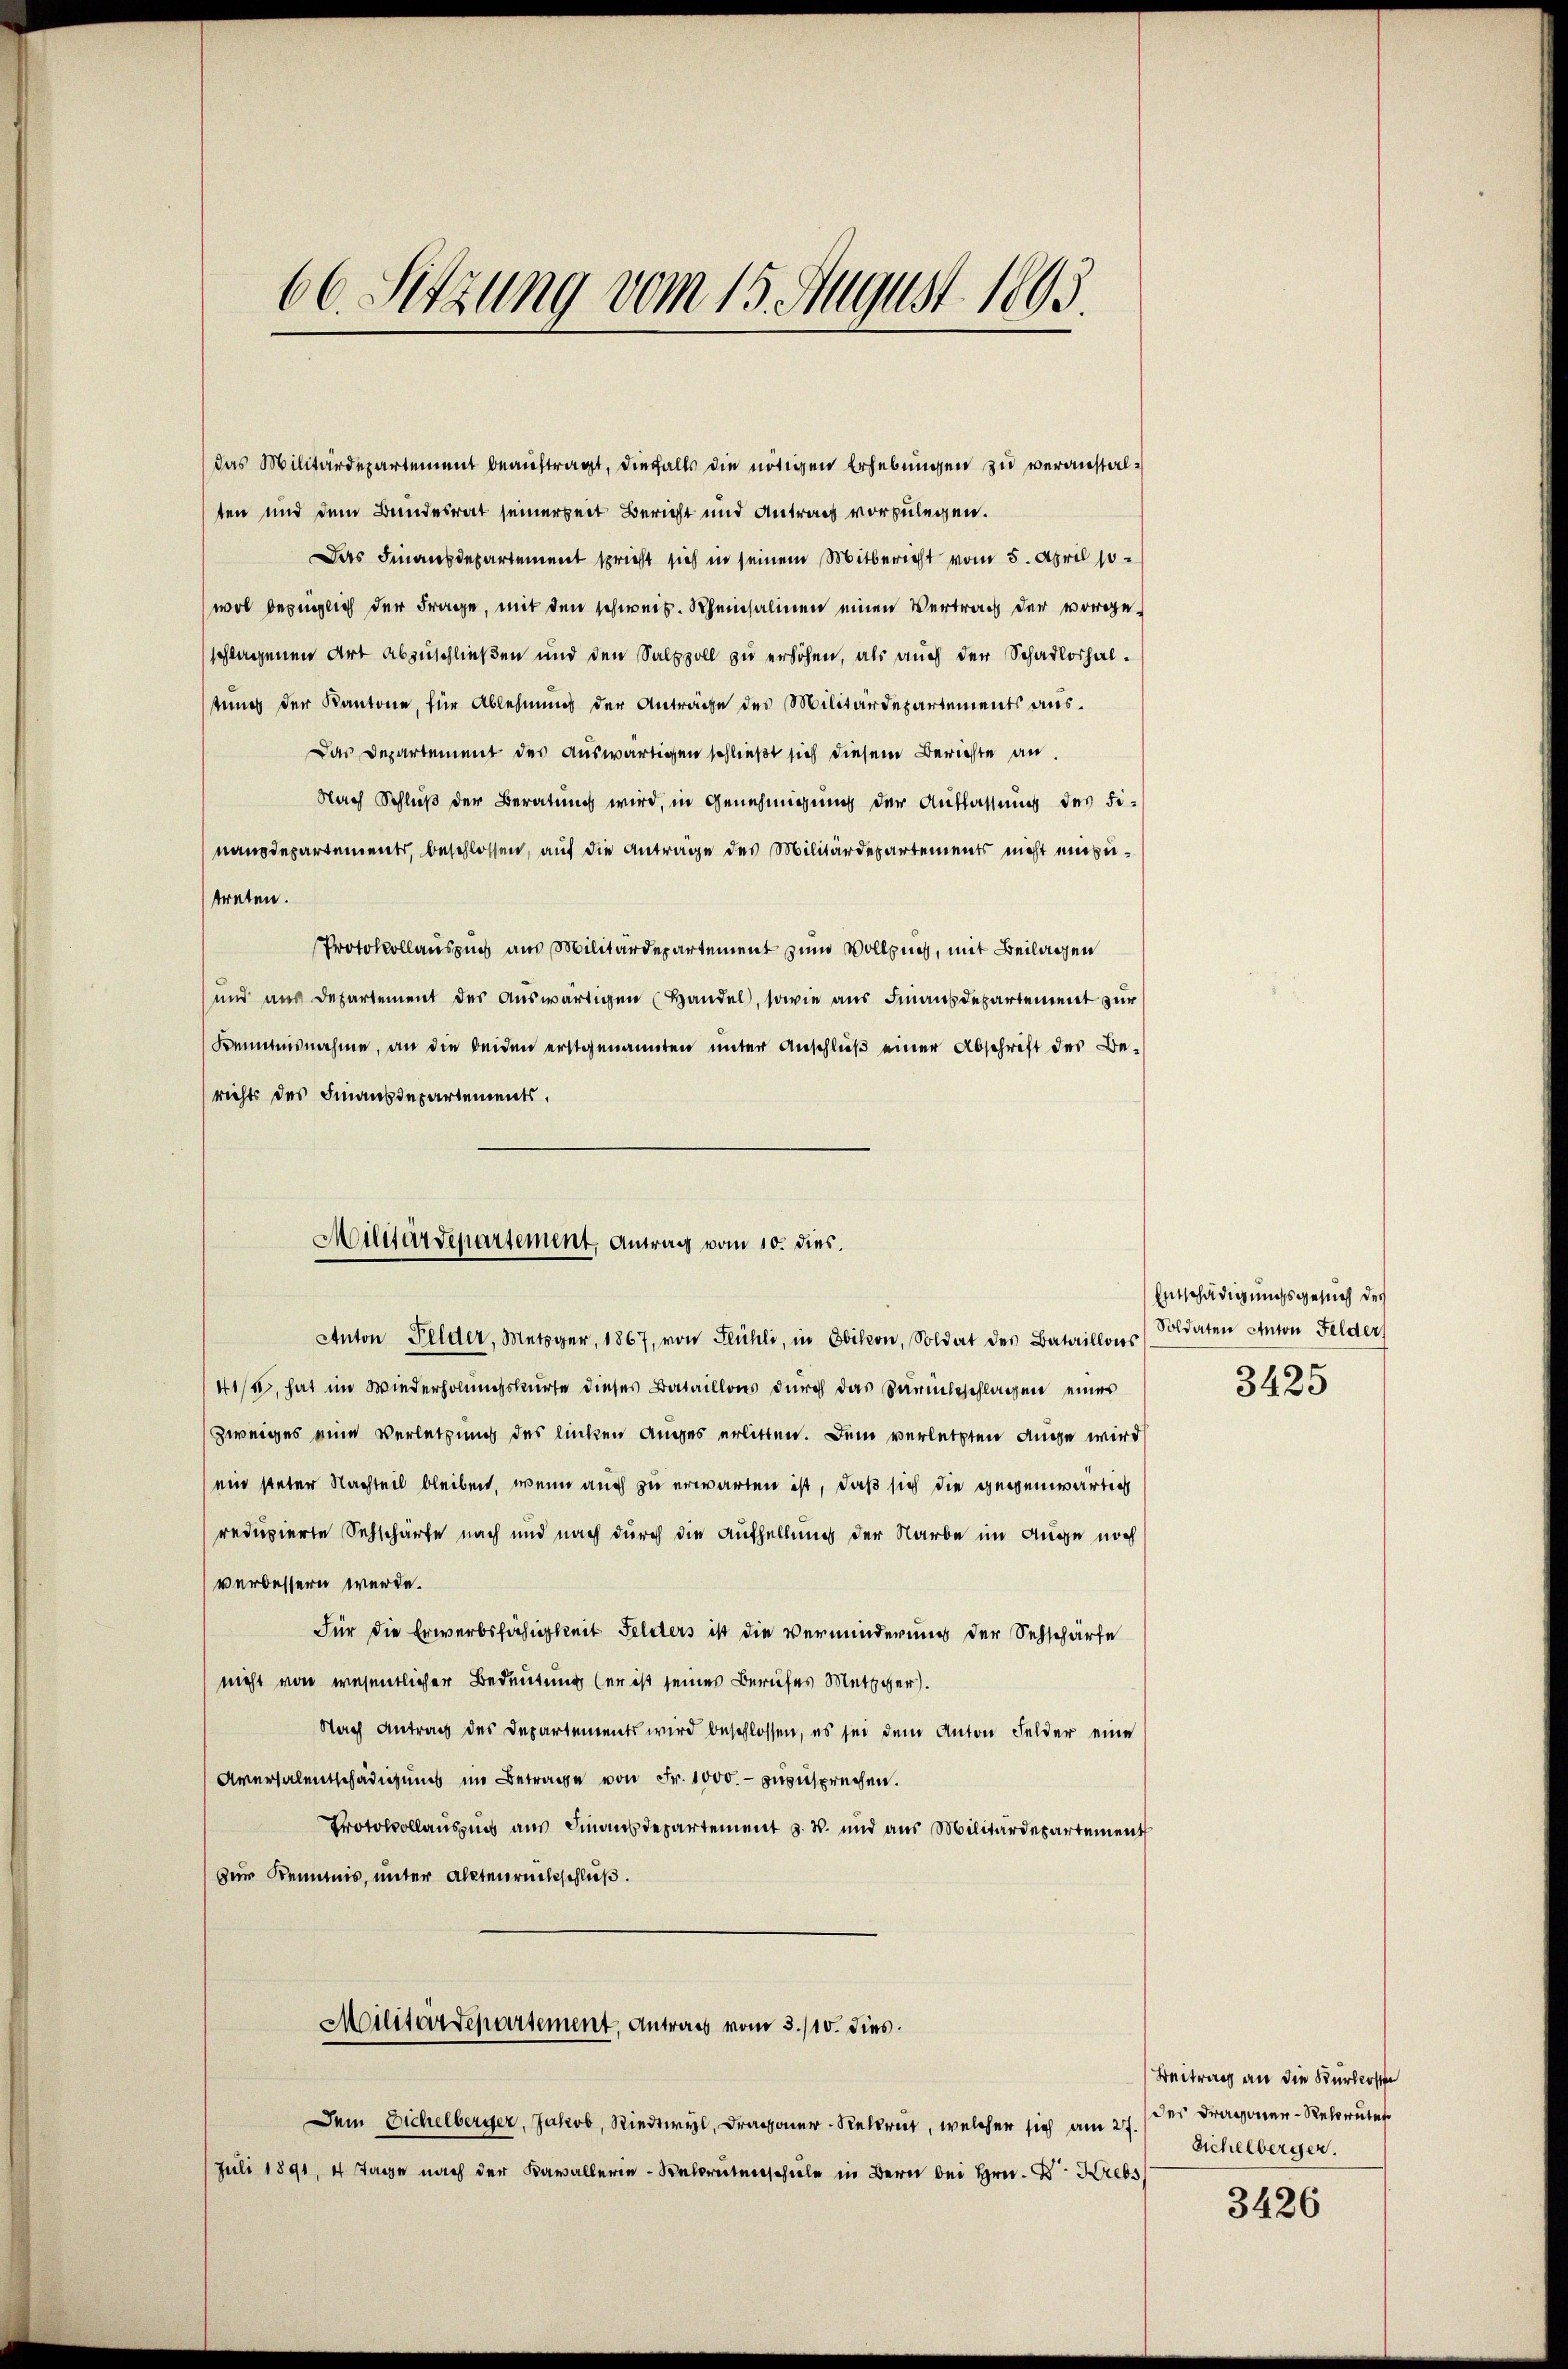
66. Sitzung vom 15. August 1893.

das Militärdepartement beauftragt, diesfalls die nötigen Erhebungen zu veranstalten und dem Bundesrat seinerzeit Bericht und Antrag vorzulegen.
Das Finanzdepartement spricht sich in seinem Mitbericht vom 5. April 18
wol bezüglich der Frage, mit den schweiz. Scheinsalinen einen Vertrag der vorgeschlagenen Art abzuschließen und den Salppoll zu erhöhen, als auch der Schadloshaltung der Kantone, für Ablehnung der Anträge des Militärdepartements aus¬
Das Departement des auswärtigen schließt sich diesem Berichte an
Nach Schluß der Beratung wird, in Genehmigung der Auffassung des Fi-
naudepartement, beschlossen, auf die Antrage des Militärdepartements nicht einzutreten.
Protokollauszug aus Militärdepartement zum Vollzung, mit Beilagen
und aus Departement des Auswärtigen (Handel, sowie aus Finanzdepartement zur
Kenntnisnahme, an die beiden erstgenannten unter Anschluß einer Abschrift des Berichts des Finanzdepartements.
Anton Felder, Metzger, 1867, von Flüchli, in Obikon, Soldat des Bataillons
41/4, hat im Wiederholungskurse dieses Bataillons durch das Sarmbeschlagen eines
Zweiges eine Verletzung des linken anges erlitten. Dem verletzten Auge wird
ein steter Nachteil bleiben, wenn auch zu erwarten ist, daß sich die gegenwärtig
reduzierte Sehschärfe nach und nach durch die Aufhellung der Narbe im Auge noch
verbessern werde.
Für die Erwerbsfähigkeit Felders ist die verminderung der Sehschärfe
nicht von wesentlicher Bedeutung (er ist seines Berufes Metzger).
Nach Antrag des Departements wird beschlossen, es sei dem Anton Felder eine
Aversalentschädigung im Betrage von Fr. 1000.- zuzusprechen.
Protokollauszug aus Finanzdepartement v. W. und aus Militärdepartement
zur Kenntnis, unter Altenrückschluß.
Militärdepartement, Antrag vom 3./10. dies
Dem Eichelberger, Jakob, Riedtwyl, Dragoner Rekrut, welcher sich am 27.
Juli 1891, 4 Tage nach der Kavallerie-Relrutenschule in Bern bei Hrn. F. Krebs

Militärdepartement, Antrag vom 10. dies

Entschädigungsgesuch der
Soldaten Anton Felder,
3425

Beitrag an die Kurkoste
des Dragoner-Rekruten
Sichelberger.

3426